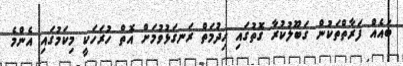
ބައެއް ފަރާތްތަކުން ގަބޫލުކުރާ ގޮތުގައި ޚިދުމަތް ރަނގަޅުވުމަށް އޮތް ހުރަހަކީ މިކަމުގައި އެންމެ